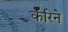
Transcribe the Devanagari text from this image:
कॅरिने